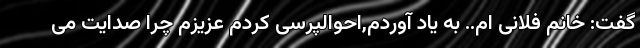
گفت: خانم فلانی ام.. به یاد آوردم,احوالپرسی کردم عزیزم چرا صدایت می